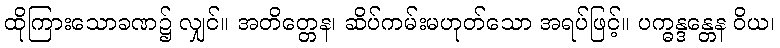
ထိုကြားသောခဏ၌ လျှင်။ အတိတ္တေန၊ ဆိပ်ကမ်းမဟုတ်သော အရပ်ဖြင့်။ ပက္ဓန္ဒန္တေန ဝိယ၊